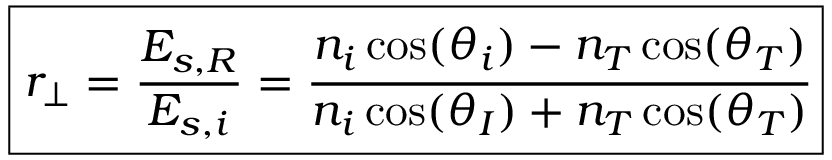
\boxed { r _ { \perp } = \frac { E _ { s , R } } { E _ { s , i } } = \cfrac { n _ { i } \cos ( \theta _ { i } ) - n _ { T } \cos ( \theta _ { T } ) } { n _ { i } \cos ( \theta _ { I } ) + n _ { T } \cos ( \theta _ { T } ) } }